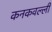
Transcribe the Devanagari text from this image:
कनकवल्ली